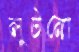
লুটনো